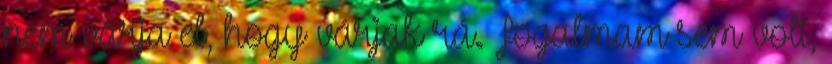
nem várja el, hogy várjak rá. Fogalmam sem volt,